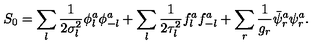
S _ { 0 } = \sum _ { l } { \frac { 1 } { 2 \sigma _ { l } ^ { 2 } } } \phi _ { l } ^ { a } \phi _ { - l } ^ { a } + \sum _ { l } { \frac { 1 } { 2 \tau _ { l } ^ { 2 } } } f _ { l } ^ { a } f _ { - l } ^ { a } + \sum _ { r } { \frac { 1 } { g _ { r } } } \bar { \psi } _ { r } ^ { a } \psi _ { r } ^ { a } .